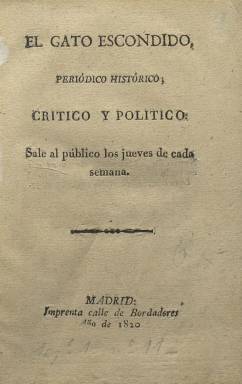
Título: El Gato escondido
Colección: Periódicos anteriores a 1850
Ámbito geográfico: Madrid
Lugar de publicación: Madrid
Fechas: 01/01/1820-31/12/1820

Con el formato característico de la época, se trata de un “periódico histórico, crítico y político”, como indica su subtítulo, que aparece durante la eclosión periodística que se producirá durante el primer año del Trienio Liberal (1820-1823). Su tendencia es antiafrancesada y patriótica, de carácter constitucionalista y satírico, con textos en prosa y verso (décimas, coplillas, etc.), y anunció que saldría cada jueves de la semana. Hartzenbusch (1894) lo tilda de liberal exaltado.

Por otra parte, en la entrega número 16 de La Periódico-manía (1820-1821), se señala que en la madrileña imprenta de la calle Bordadores, regentada por “un eclesiástico y un militar (extraña mezcla)”, nació este periódico el diez de agosto de 1820, tildando a su editor de “primerizo”, y advirtiendo a sus lectores que creyendo que compraban “gato” llevaban “perro”. En el número 19 dará cuenta de la cuarta entrega de El Gato escondido, acusándole de usar un “lenguaje inexacto” y tener “las ideas confusas”, y en el 22 reconoce que seguía publicándose.

Su número 5 y, probablemente, último corresponde al 5 de septiembre (Gil Novales: 1975). Se desconoce quien pudiera ser su redactor o redactores. Para la prensa satírica de este periodo, véase también Rubio Cremades (1985).